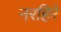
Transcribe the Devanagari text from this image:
नरहिरे